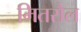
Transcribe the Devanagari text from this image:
मितरौल